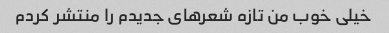
خیلی خوب من تازه شعرهای جدیدم را منتشر کردم